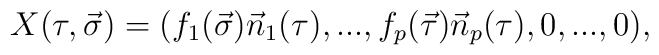
X(\tau ,\vec {\sigma })=(f_1(\vec {\sigma }) \vec{n}_1(\tau ), ..., f_p(\vec {\tau }) \vec {n}_p(\tau ), 0, ...,0),